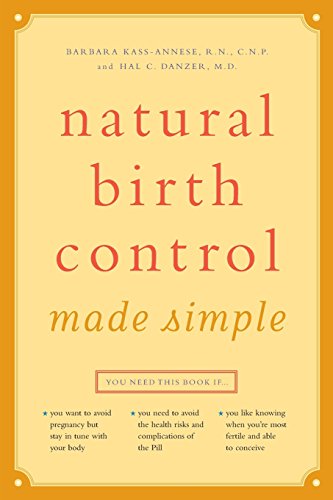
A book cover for Natural Birth Control Made Simple; RN Barbara Kass-Annese  R.N.  C.N.P.; Health, Fitness & Dieting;